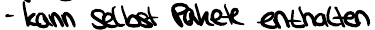
- kann selbst Pakete enthalten